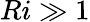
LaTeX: Ri\gg 1